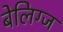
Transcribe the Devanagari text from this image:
बेलिग्ज